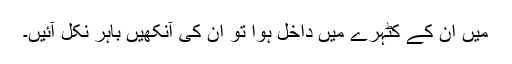
میں اُن کے کٹہرے میں داخل ہوا تو اُن کی آنکھیں باہر نکل آئیں۔